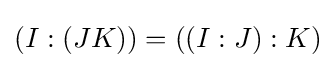
(I:(JK))=((I:J):K)